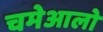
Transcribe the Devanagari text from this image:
चमेआलो